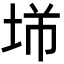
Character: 𡋁